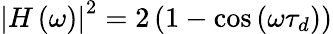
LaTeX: \left|H\left(\omega\right)\right|^{2}=2\left(1-\cos{\left(\omega\tau_{d}\right)}\right)